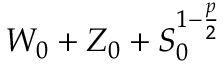
W _ { 0 } + Z _ { 0 } + S _ { 0 } ^ { 1 - \frac { p } { 2 } }